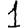
Digit: 1